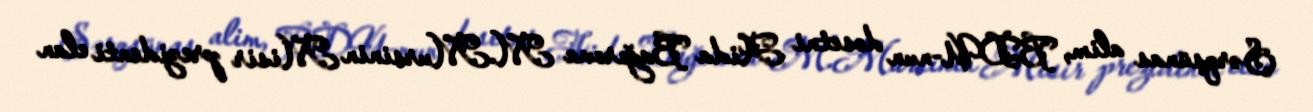
Şərqşünas alim, BDU-nun dosetni Aida Bağırova M.Mursinin Misir prezidenti elan